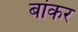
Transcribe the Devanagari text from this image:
बांकर